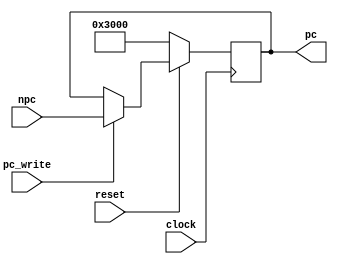
module pc(pc,clock,reset,npc,pc_write);

	output reg[31:0] pc; 
	input clock;
	input reset;
	input [31:0] npc;
	input pc_write;

always @(posedge clock) 
begin
	if (!reset) 
		pc <= 32'h0000_3000;
	else  
		if(pc_write)
			pc <= npc;

end
endmodule